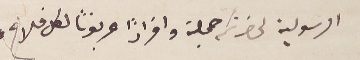
الرسولية لحضرتكم جملة وافرادًا عربونًا لكل فلاح